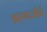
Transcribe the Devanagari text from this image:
ब्रहमाजीने